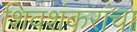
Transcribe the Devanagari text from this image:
शिवशंकरांचा